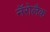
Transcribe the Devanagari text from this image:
नॅरोलैक